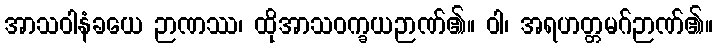
အာသဝါနံခယေ ဉာဏဿ၊ ထိုအာသဝက္ခယဉာဏ်၏။ ဝါ၊ အရဟတ္တမဂ်ဉာဏ်၏။